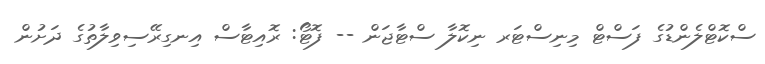
ސްކޮޓްލެންޑުގެ ފަސްޓް މިނިސްޓަރ ނިކޮލާ ސްޓާޖަން -- ފޮޓޯ: ރޮއިޓާސް އިނގިރޭސިވިލާތުގެ ދަށުން